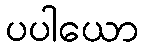
ပပါယော